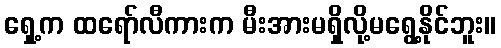
ရှေ့က ထရော်လီကားက မီးအားမရှိလို့မရွေ့နိုင်ဘူး။